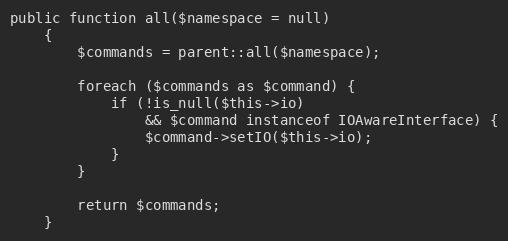
Language: PHP
public function all($namespace = null)
    {
        $commands = parent::all($namespace);

        foreach ($commands as $command) {
            if (!is_null($this->io)
                && $command instanceof IOAwareInterface) {
                $command->setIO($this->io);
            }
        }

        return $commands;
    }